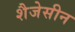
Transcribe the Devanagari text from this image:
शैजेसीन